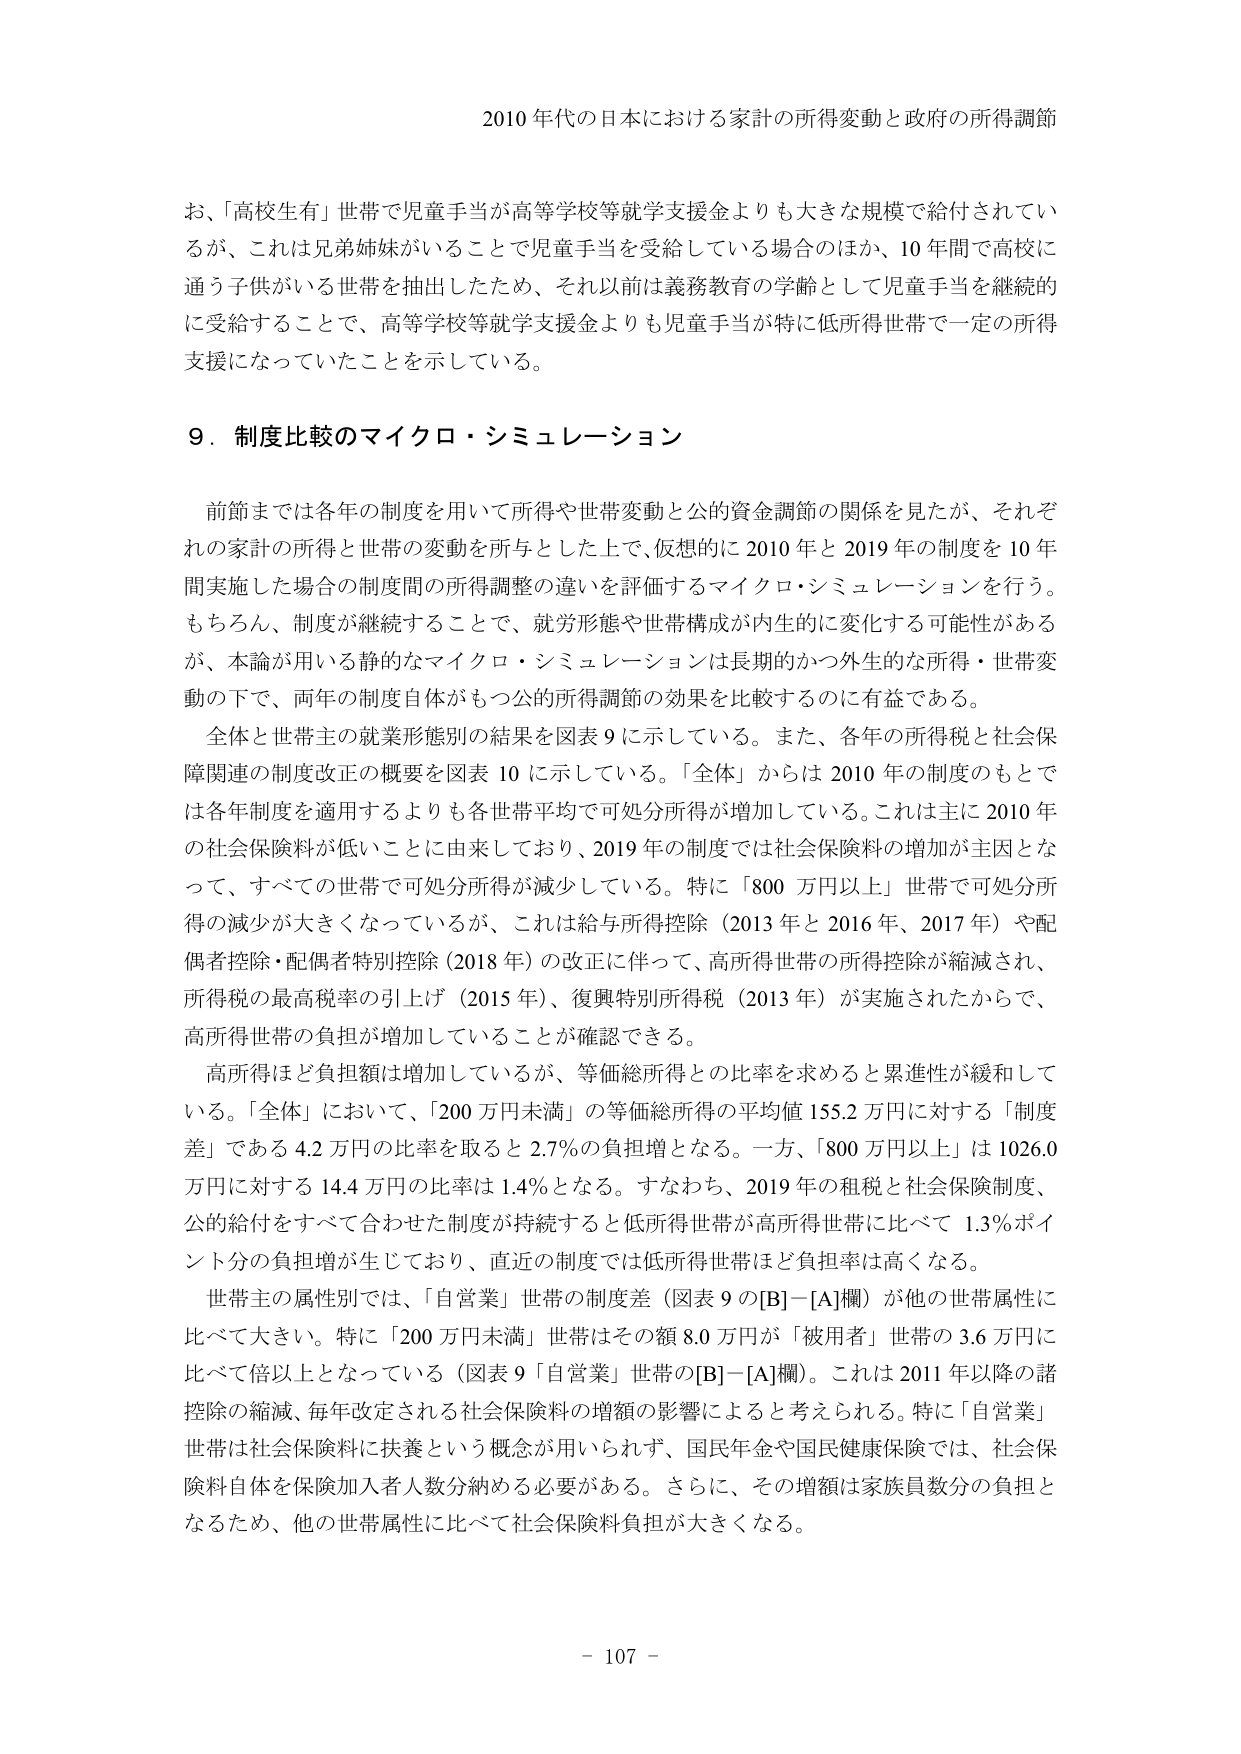
2010 年代の日本における家計の所得変動と政府の所得調節

お、「高校生有」世帯で児童手当が高等学校等就学支援金よりも大きな規模で給付されているが、これは兄弟姉妹がいることで児童手当を受給している場合のほか、10 年間で高校に通う子供がいる世帯を抽出したため、それ以前は義務教育の学齢として児童手当を継続的に受給することで、高等学校等就学支援金よりも児童手当が特に低所得世帯で一定の所得支援になっていたことを示している。

9．制度比較のマイクロ・シミュレーション

前節までは各年の制度を用いて所得や世帯変動と公的資金調節の関係を見たが、それぞれの家計の所得と世帯の変動を所与とした上で、仮想的に 2010 年と 2019 年の制度を 10 年間実施した場合の制度間の所得調整の違いを評価するマイクロ・シミュレーションを行う。もちろん、制度が継続することで、就労形態や世帯構成が内在的に変化する可能性があるが、本論が用いる静的なマイクロ・シミュレーションは長期的かつ外生的な所得・世帯変動の下で、两年の制度自体がもつ公的所得調節の効果を比較するのに有益である。

全体と世帯主の就業形態別の結果を図表 9 に示している。また、各年の所得税と社会保障関連の制度改正の概要を図表 10 に示している。「全体」からは 2010 年の制度のもとでは各年制度を適用するよりも各世帯平均で可処分所得が増加している。これは主に 2010 年の社会保険料が低いことに由来しており、2019 年の制度では社会保険料の増加が主因となって、すべての世帯で可処分所得が減少している。特に「800 万円以上」世帯で可処分所得の減少が大きくなっているが、これは給与所得控除（2013 年と 2016 年、2017 年）や配偶者控除・配偶者特別控除（2018 年）の改正に伴って、高所得世帯の所得控除が縮減され、所得税の最高税率の引上げ（2015 年）、復興特別所得税（2013 年）が実施されたからで、高所得世帯の負担が増加していることが確認できる。

高所得ほど負担額は増加しているが、等価総所得との比率を求めると累進性が緩和している。「全体」において、「200 万円未満」の等価総所得の平均値 155.2 万円に対する「制度差」である 4.2 万円の比率を取ると 2.7％の負担増となる。一方、「800 万円以上」は 1026.0 万円に対する 14.4 万円の比率は 1.4％となる。すなわち、2019 年の租税と社会保障制度、公的給付をすべて合わせた制度が持続すると低所得世帯が高所得世帯に比べて 1.3％ポイント分の負担増が生じており、直近の制度では低所得世帯ほど負担率は高くなる。

世帯主の属性別では、「自営業」世帯の制度差（図表 9 の[B]－[A]欄）が他の世帯属性に比べて大きい。特に「200 万円未満」世帯はその額 8.0 万円が「被用者」世帯の 3.6 万円に比べて倍以上となっている（図表 9「自営業」世帯の[B]－[A]欄）。これは 2011 年以降の諸控除の縮減、毎年改定される社会保険料の増額の影響によると考えられる。特に「自営業」世帯は社会保険料に扶養という概念が用いられず、国民年金や国民健康保険では、社会保険料自体を保険加入者人数分納める必要がある。さらに、その増額は家族員数分の負担となるため、他の世帯属性に比べて社会保険料負担が大きくなる。

- 107 -